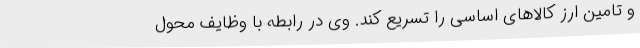
و تامین ارز کالاهای اساسی را تسریع کند. وی در رابطه با وظایف محول